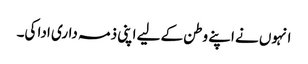
انہوں نے اپنے وطن کے لیے اپنی ذمہ داری ادا کی۔